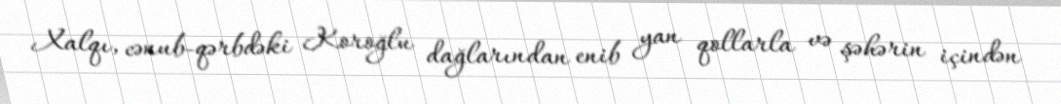
Xalqı, cənub-qərbdəki Koroğlu dağlarından enib yan qollarla və şəhərin içindən